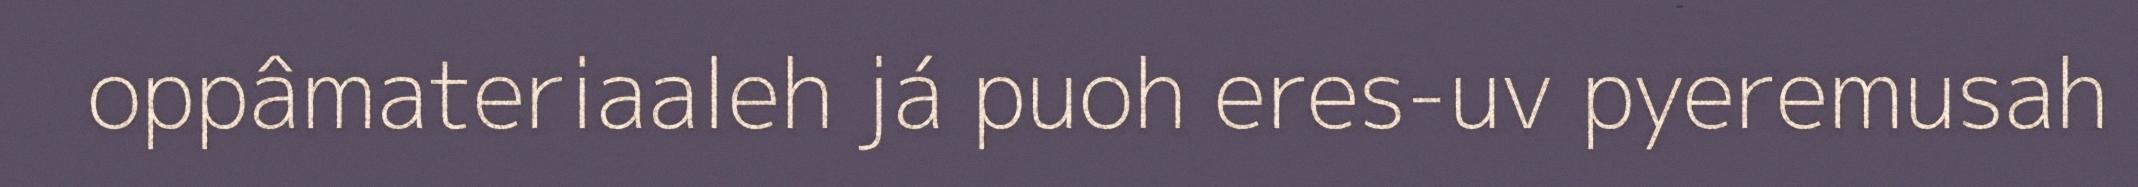
oppâmateriaaleh já puoh eres-uv pyeremusah